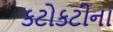
કટોકટીના